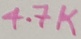
Text: 4.7K